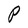
Character: P